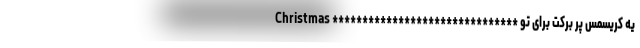
یه کریسمس پر برکت برای تو ******************************* Christmas